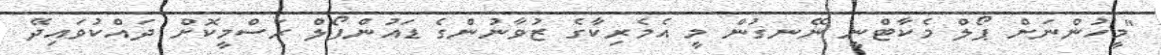
"މީހުންނަށް ޕޯލް މެކާޓްނީ ނޭނގުން މީ އެމެރިކާގެ ޒުވާނުންގެ ޑައުންފޯލް ރަސްމީކޮށް ދައްކުވައިދޭ